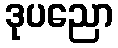
ဒုပညော